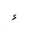
Letter: _hamza